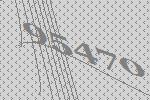
95470